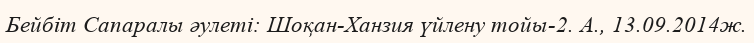
Бейбіт Сапаралы әулеті: Шоқан-Ханзия үйлену тойы-2. А., 13.09.2014ж.